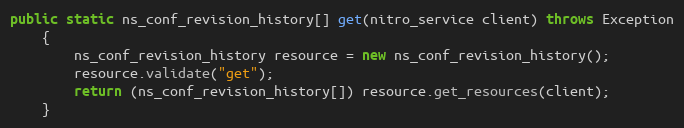
Language: Java
public static ns_conf_revision_history[] get(nitro_service client) throws Exception
	{
		ns_conf_revision_history resource = new ns_conf_revision_history();
		resource.validate("get");
		return (ns_conf_revision_history[]) resource.get_resources(client);
	}